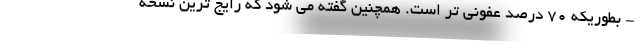
- بطوریکه ۷۰ درصد عفونی تر است. همچنین گفته می شود که رایج ترین نسخه